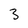
Character: 3